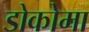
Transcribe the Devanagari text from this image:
डोकोमा